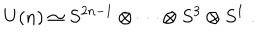
U ( n ) \simeq S ^ { 2 n - 1 } \otimes \cdots \otimes S ^ { 3 } \otimes S ^ { 1 } \; .